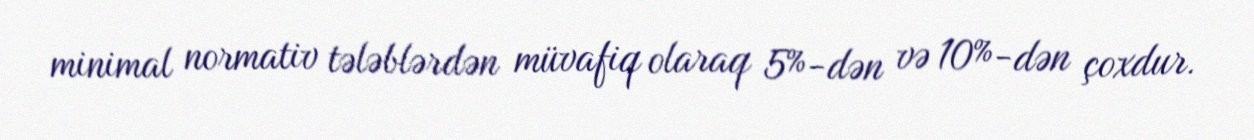
minimal normativ tələblərdən müvafiq olaraq 5%-dən və 10%-dən çoxdur.